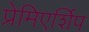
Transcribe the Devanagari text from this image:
प्रेमिएर्शिप